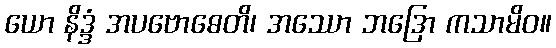
ယော နိဒ္ဒံ အပဗောဓေတိ၊ အဿော ဘဒြော ကသာမိဝ။